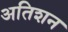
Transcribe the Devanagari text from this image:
अतिशन